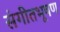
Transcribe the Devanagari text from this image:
संगीतभूषण